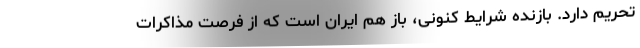
تحریم دارد. بازنده شرایط كنونی، باز هم ایران است كه از فرصت مذاكرات